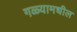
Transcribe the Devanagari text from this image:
गळ्यामधील